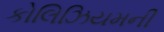
કોલિઝિયમની